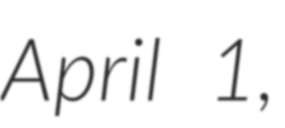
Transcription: April 1,